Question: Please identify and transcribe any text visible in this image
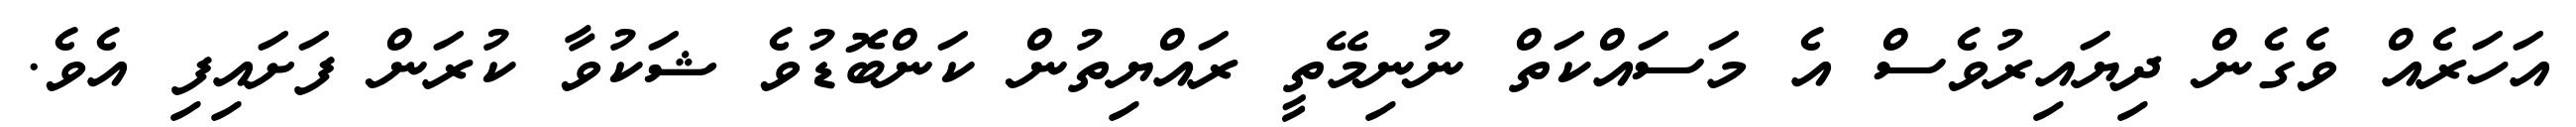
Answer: އަހަރެއް ވެގެން ދިޔައިރުވެސް އެ މަސައްކަތް ނުނިމޭތީ ރައްޔިތުން ކަންބޮޑުވެ ޝަކުވާ ކުރަން ފަށައިފި އެވެ.